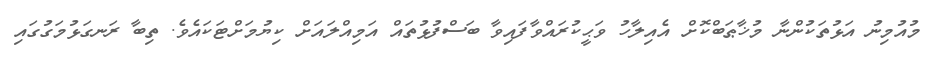
މުއުމިނު އަޅުތަކުންނާ މުޚާޠަބްކޮށް އެއިލާހު ވަޙީކުރައްވާފައިވާ ބަސްފުޅުތައް އަމިއްލައަށް ކިޔުމަށްޓަކައެވެ. ތިބާ ރަނގަޅުމަގުގައި